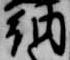
納